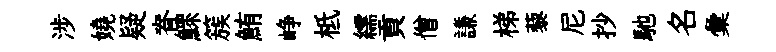
涉嬈疑脊鰥簇鮪峥柢繻貢僧謙梯藜尼抄馳名彙